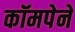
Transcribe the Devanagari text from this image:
कॉमपेने